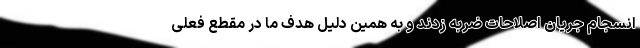
انسجام جریان اصلاحات ضربه زدند و به همین دلیل هدف ما در مقطع فعلی